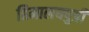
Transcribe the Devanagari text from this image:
हिमालयपुत्री